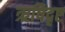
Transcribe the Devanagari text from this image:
ऋषिदृष्ट